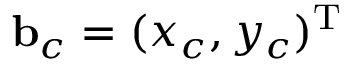
{ \mathbf b } _ { c } = ( x _ { c } , y _ { c } ) ^ { { \mathrm T } }